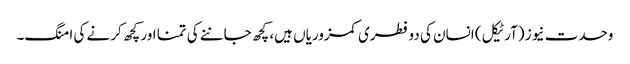
وحدت نیوز (آرٹیکل) انسان کی دو فطری کمزوریاں ہیں، کچھ جاننے کی تمنا اور کچھ کرنے کی امنگ۔